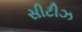
સીટીઝ